Report on lock hospitals in British Burma
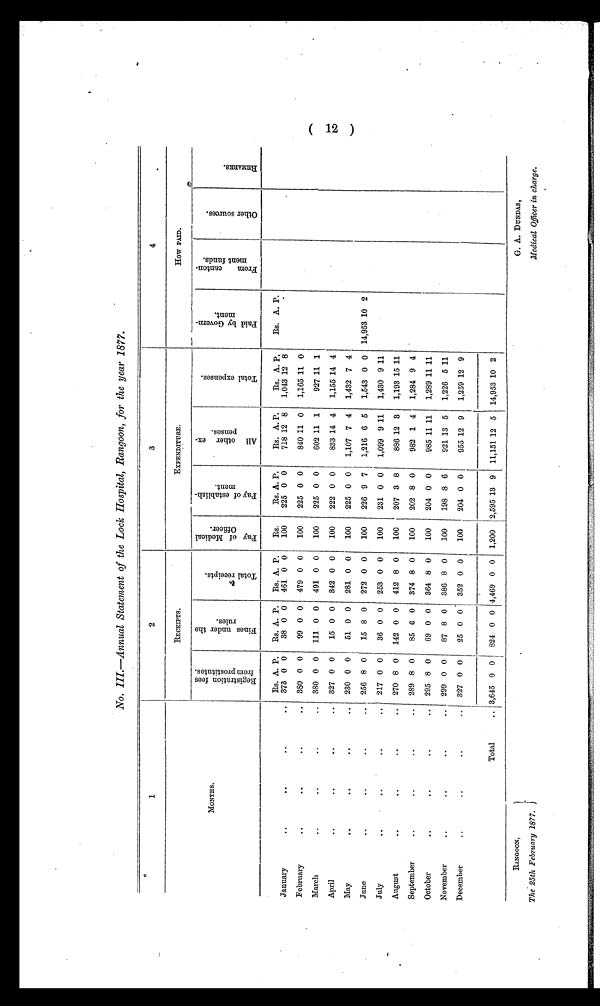
1 2
RANGOON,
The 25th February 1877.
G. A. DUNDAS,
Medical Officer in charge.
No. III.—Annual Statement of the Lock Hospital, Rangoon, for the year 1877.
1
2
3
4
RECEIPTS.
EXPENDITURE.
How PAID.
MONTHS.
R e g i s t r a t i o n f e e s
f r o m p r o s t i t u t e s .
F i n e s u n d e r t h e
r u l e s .
T o t a l r e c e i p t s .
P a y o f M e d i c a l
O f f i c e .
P a y o f e s t a b l i s h -
m e n t .
A l l o t h e r e x -
p e n s e s .
T o t a l e x p e n s e s .
P a i d b y G o v e r n -
m e n t .
F r o m c a n t o n -
m e n t f u n d s .
O t h e r s o u r c e s .
R E M A R K S .
Rs. A. P. Rs. A. P. Rs. A. P. Rs. Rs. A. P. Rs. A. P. Rs. A. P. Rs. A. P.
January
..
..
..
.. 373 0 0 38 0 0 461 0 0 100 225 0 0 718 12 8 1,043 12 8
February
..
..
..
.. 380 0 0 99 0 0 479 0 0 100 225 0 0 840 11 0 1,165 11 0
March
..
..
..
.. 380 0 0 111 0 0 491 0 0 100 225 0 0 602 11 1 927 11 1
April
..
..
..
.. 327 0 0 15 0 0 342 0 0 100 222 0 0 833 14 4 1,155 14 4
May
..
. .
..
.. 230 0 0 51 0 0 281 0 0 100 225 0 0 1,107 7 4 1,432 7 4
June
..
..
..
.. 256 8 0 i 15 8 0 272 0 0 100 226 9 7 1,216 6 5 1,543 0 0 14,953 10 2
July
..
. .
..
.. 217 0 0 36 0 0 253 0 0 100 231 0 0 1,099 9 11 1,430 9 11
August
..
. .
..
.. 270 8 0 142 0 0 412 8 0 100 207 3 8 886 12 3 1,193 15 11
September
..
..
. . .. 289 8 0 85 0 0 374 8 0 100 202 8 0 982 1 4 1,284 9 4
October
..
..
. . .. 295 8 0 69 0 0 364 8 0 100 204 0 0 985 11 11 1,289 11 11
November
..
..
..
.. 299 0 0 87 8 0 386 8 0 100 198 8 6 921 13 5 1,226 5 11
December
..
..
..
.. 327 0 0 25 0 0 352 0 0 100 204 0 0 955 12 9 1,259 12 9
Total
.. 3,645 0 0 824 0 0 4,469 0 0 1,200 2,595 13 9 11,151 12 5 14,953 10 2